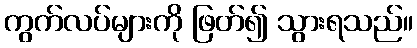
ကွက်လပ်များကို ဖြတ်၍ သွားရသည်။